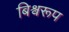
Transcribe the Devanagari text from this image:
बिश्वरूप